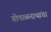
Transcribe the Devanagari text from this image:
गोपाळनाथांचा